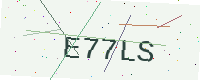
Text: E77LS